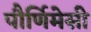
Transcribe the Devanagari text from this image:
पौर्णिमेसी